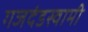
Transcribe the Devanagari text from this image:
गजदंडस्वामी